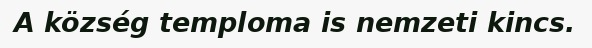
A község temploma is nemzeti kincs.